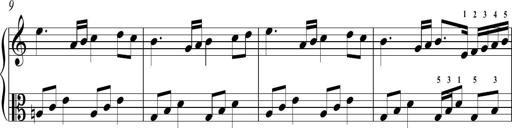
Title: Sonatina No.2 in C
Composer: A. Marando
Key: C major